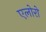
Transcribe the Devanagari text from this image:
एलोरो